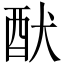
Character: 䣭